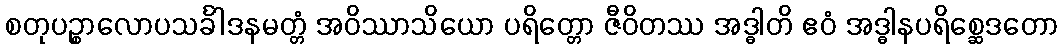
စတုပဉ္စာလောပသင်္ခါဒနမတ္တံ အဝိဿာသိယော ပရိတ္တော ဇီဝိတဿ အဒ္ဓါတိ ဧဝံ အဒ္ဓါနပရိစ္ဆေဒတော